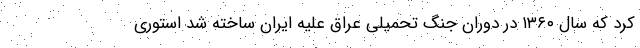
کرد که سال ۱۳۶۰ در دوران جنگ تحمیلی عراق علیه ایران ساخته شد استوری